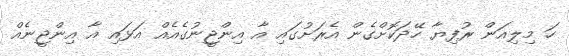
ހަ މިލިއަން ރުފިޔާ ހޭދަކޮށްގެން އެރަށުގައި އާ އިންޖީނުގެއެއް އަޅައި އާ އިންޖީނެއް